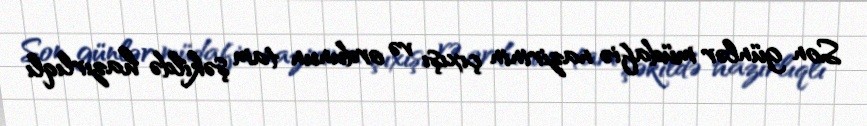
Son günlər müdafiə nazirinin çıxışı və ordunun tam şəkildə hazırlıqlı